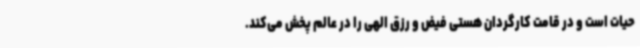
حیات است و در قامت کارگردان هستی فیض و رزق الهی را در عالم پخش می‌کند.